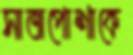
সাজপোশাকে